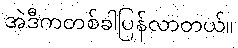
အဲဒီကတစ်ခါပြန်လာတယ်။